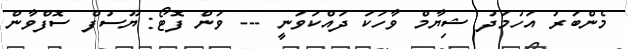
މެންބަރު އަހުމަދު ޝިޔާމް ވާހަކަ ދައްކަވަނީ --- ވަން ފޮޓޯ: ޔޫސުފް ސޮފްވާން